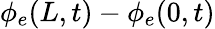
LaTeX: \phi_{e}(L,t)-\phi_{e}(0,t)